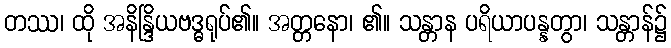
တဿ၊ ထို အနိန္ဒြိယဗဒ္ဓရုပ်၏။ အတ္တနော၊ ၏။ သန္တာန ပရိယာပန္နတွာ၊ သန္တာန်၌